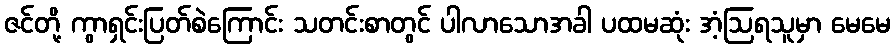
ဇင်တို့ ကွာရှင်းပြတ်စဲကြောင်း သတင်းစာတွင် ပါလာသောအခါ ပထမဆုံး အံ့ဩရသူမှာ မေမေ